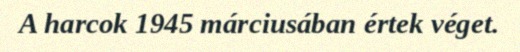
A harcok 1945 márciusában értek véget.